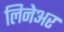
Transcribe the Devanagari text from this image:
लिनेअर